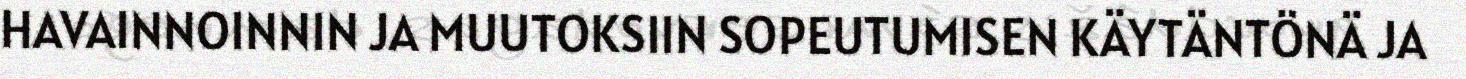
HAVAINNOINNIN JA MUUTOKSIIN SOPEUTUMISEN KÄYTÄNTÖNÄ JA